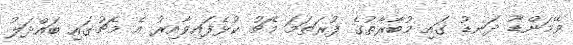
ވޭމަންޑޫ ދަނޑު ގައި މުބާރާތުގެ ފުރަތަމަ މެޗު ކުޅެފައިވާއިރު އެ މެޗުގައި ބައްދަލު